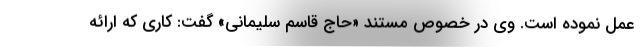
عمل نموده است. وی در خصوص مستند «حاج قاسم سلیمانی» گفت: کاری که ارائه